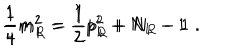
LaTeX: \frac { 1 } { 4 } m _ { L } ^ { 2 } = \frac { 1 } { 2 } p _ { L } ^ { 2 } + N _ { L } - 1 \hspace { 2 c m } \frac { 1 } { 4 } m _ { R } ^ { 2 } = \frac { 1 } { 2 } p _ { R } ^ { 2 } + N _ { R } - 1 \; .